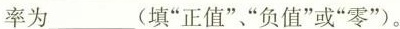
率为___(填”正值”、”负值”或”零”)。